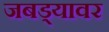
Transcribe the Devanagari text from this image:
जबड्यावर